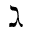
\gimel